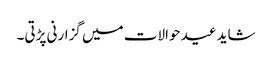
شاید عید حوالات میں گزارنی پڑتی۔